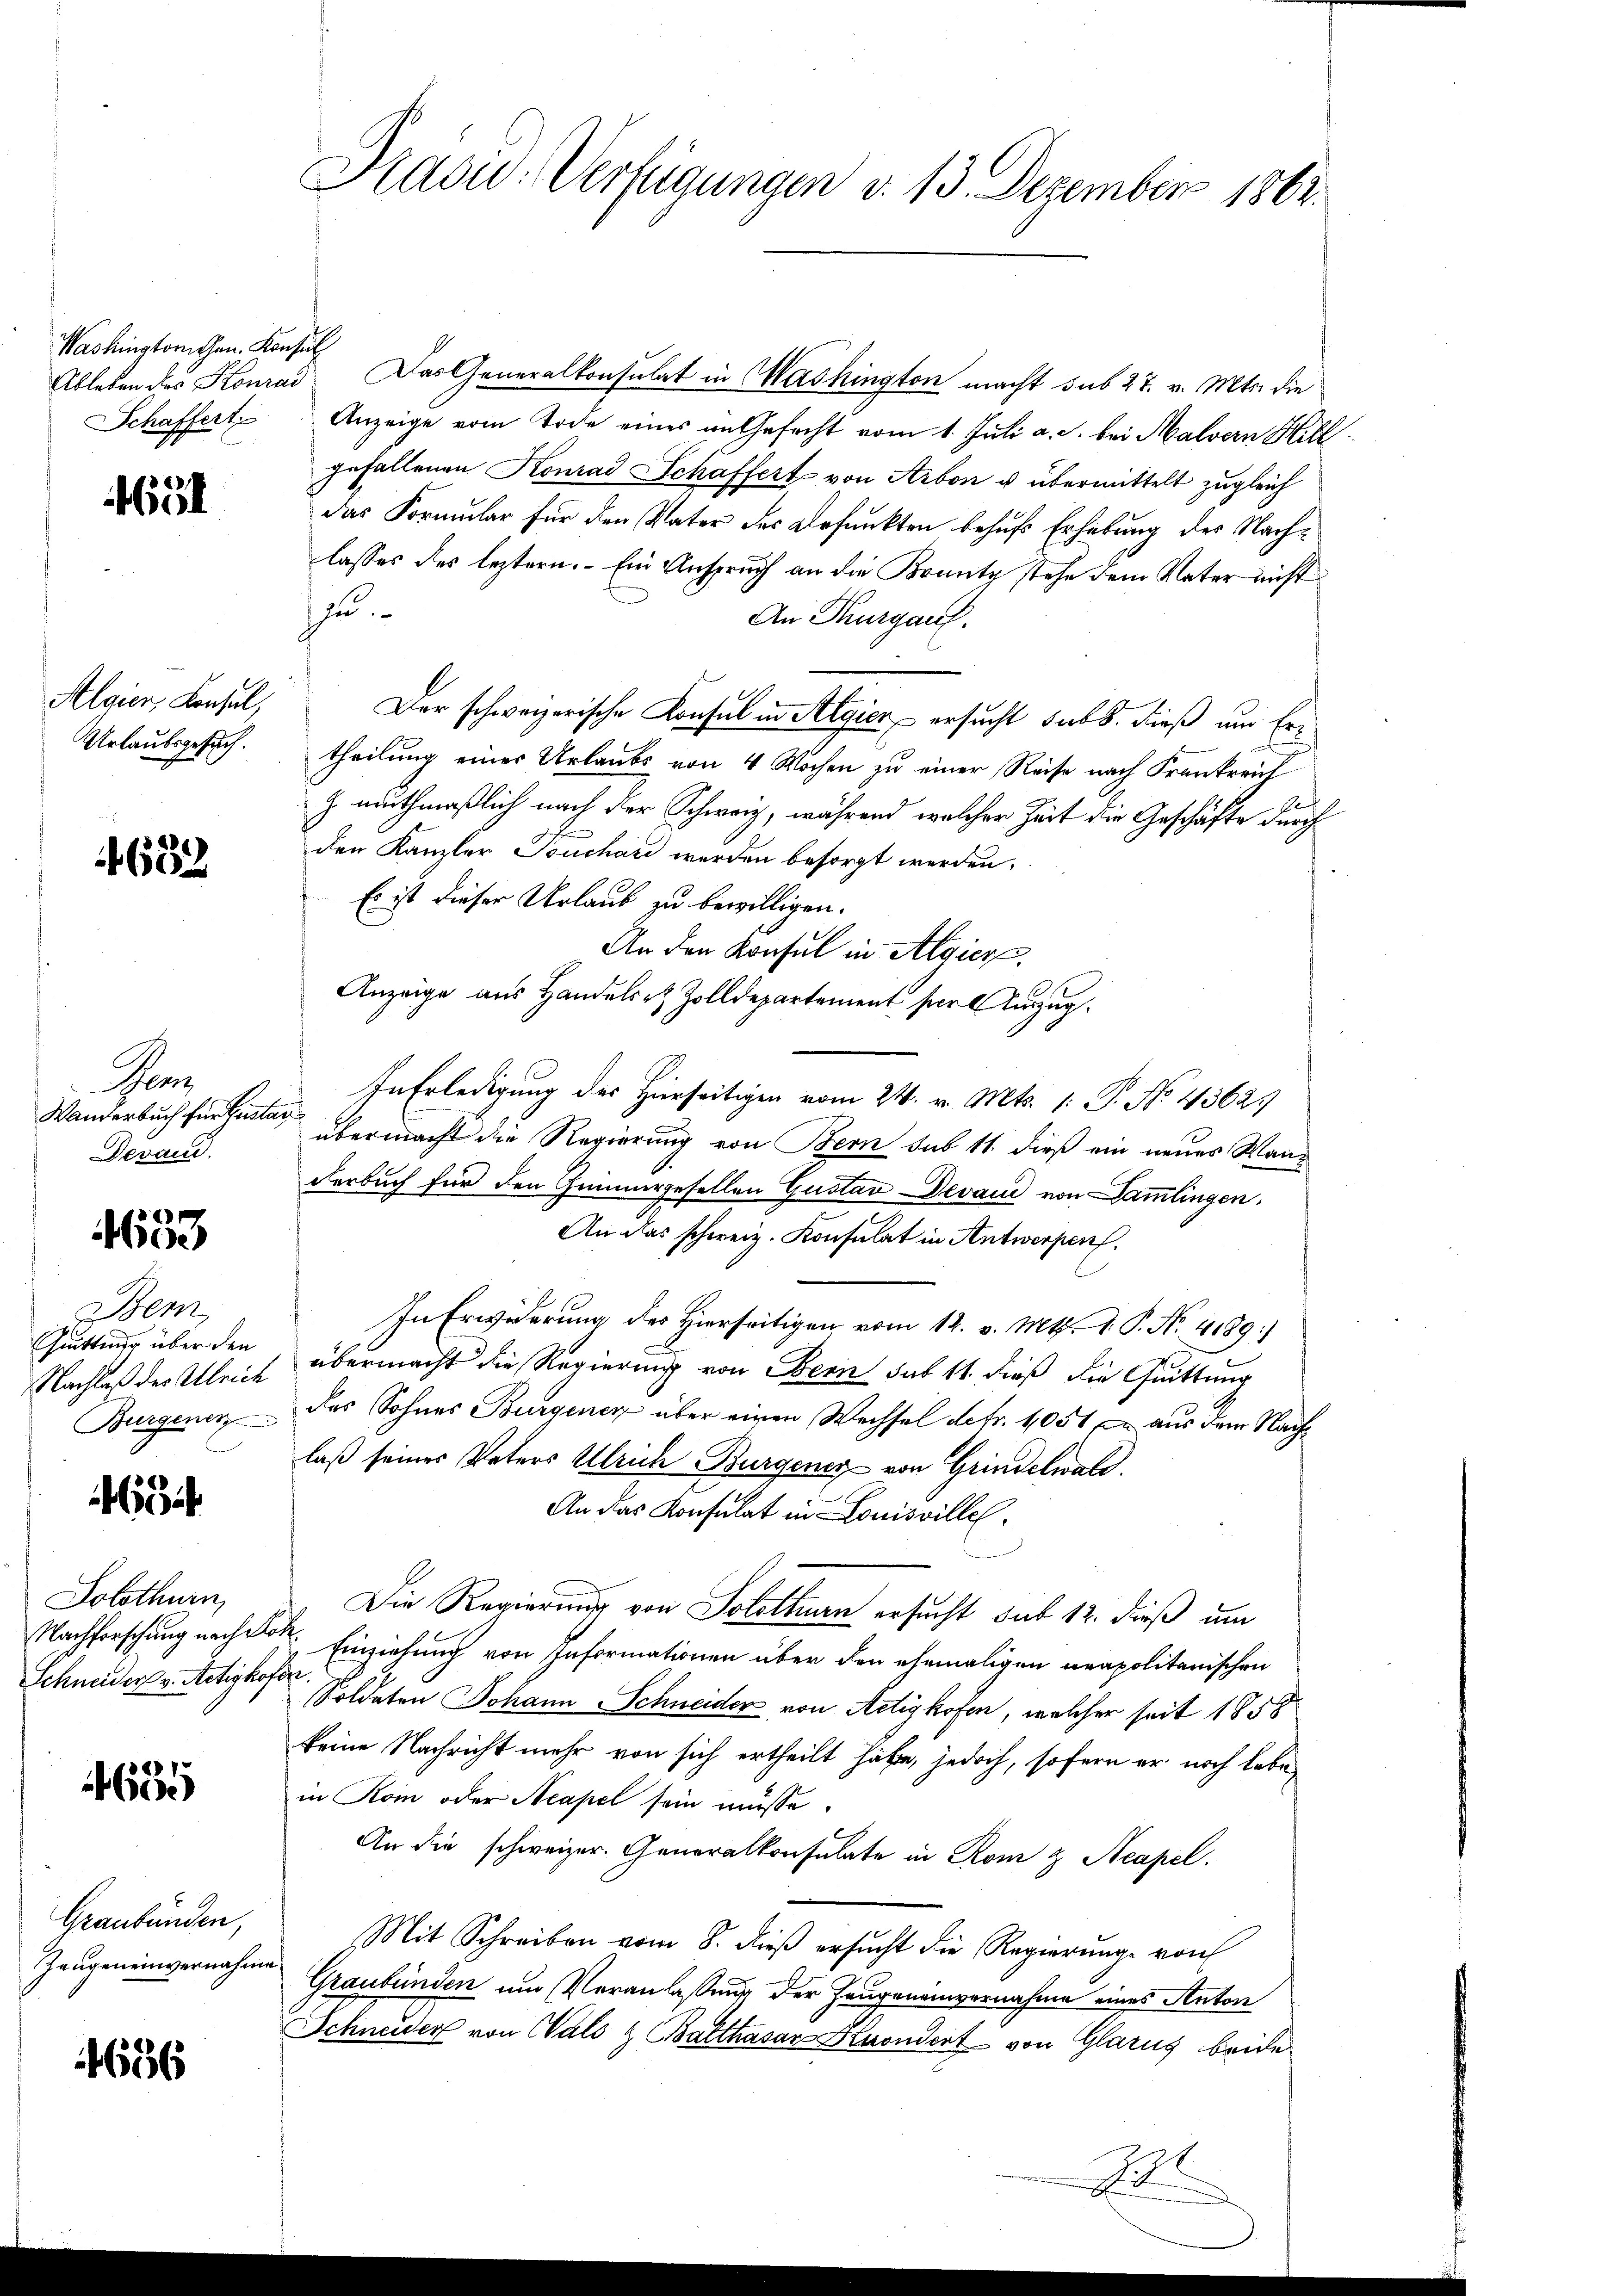
Washingtorchen. Konsul

öl

Algier, Konsul,
Urlaubsgesuch.

4639

Pen
Wanderbuch für bistan
Devan

453

Sem
Guittung über den

i

Solothurn,
Schneider v. Aetizkofen.

4655

Graubünden,
Zeugeneinvernahme

1656

Adou-Verfügungen d. 13. Dezember 1862.

Ableben des Konrad Das Generalkonsulat in Washington macht sub 27. v. Mts. die
Schaffert Anzeige vom Tode eines in Gefecht vom 1. Juli a. c. bei Malvern Hillgefallenen Konrad Schaffert von Arbon u. übermittelt zugleich
das Formular für den Vater des Befunkten behufs Erhebung der Nachlasses des leztern. – Ein Anspruch an die Brantz stehe dem Vater nicht
zu.
An Thurgauf.
Der schweizerische Konsul in Algier ersucht sub 8. dieß um Ertheilung eines Urlaubs von 4 Wochen zu einer Reise nach Frankreich
1
Z muthmaßlich nach der Schweiz, während welcher Zeit die Geschäfte durch
den Kanzler Teuchart werden besorgt werden.
Es ist dieser Urlaub zu bewilligen.
An den Konsul in Algier
Anzeige aus Handels- & Zolldepartement per Auszug.
In Erledigung des Hierseitigen vom 24. v. Mts. 1. P. No. 43625
übermacht die Regierung von Bern sub 11. dieß ein neues Wanderbuch für den Quimurgesellen Gustav Devan von Sammlingen.
An das schweiz. Konsulat in Antwerpen
In Erwiderung des Hierseitigen vom 12. v. Mts. V. P. Nr. 4189)
Nachlaß derselleich übermacht die Regierung von Bern sub 11. dieß die Quittung
Burgenen das Sohnes Bürgener über einen Wechsel defr. 1051 aus dem Nachlaß seines Vaters Ulrich Burgener von Grindelwald.
An das Konsulat in Louisville.
Die Regierung von Solothurn ersucht sub 12. dieß um
Nachforschung nach Einziehung von Informationen über den ehemaligen neapolitanischen
Soldaten Johann Schneider von Actighofen, welcher seit 1858
keine Nachricht mehr von sich ertheilt habe, jedoch, sofern er noch lebe,
in Koi oder Acapel sein müsse.
An die schweizer. Generalkonsulate in Rom & Aeapel.
Mit Schreiben vom 8. dieβ ersŭcht die Regierŭng von
Graubünden und Veranlassung der Zeugeneinvernahme eines Anton
Schneider von Wals & Balthasar Kuondert von Glarus beide

B